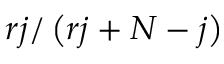
r j / \left( r j + N - j \right)